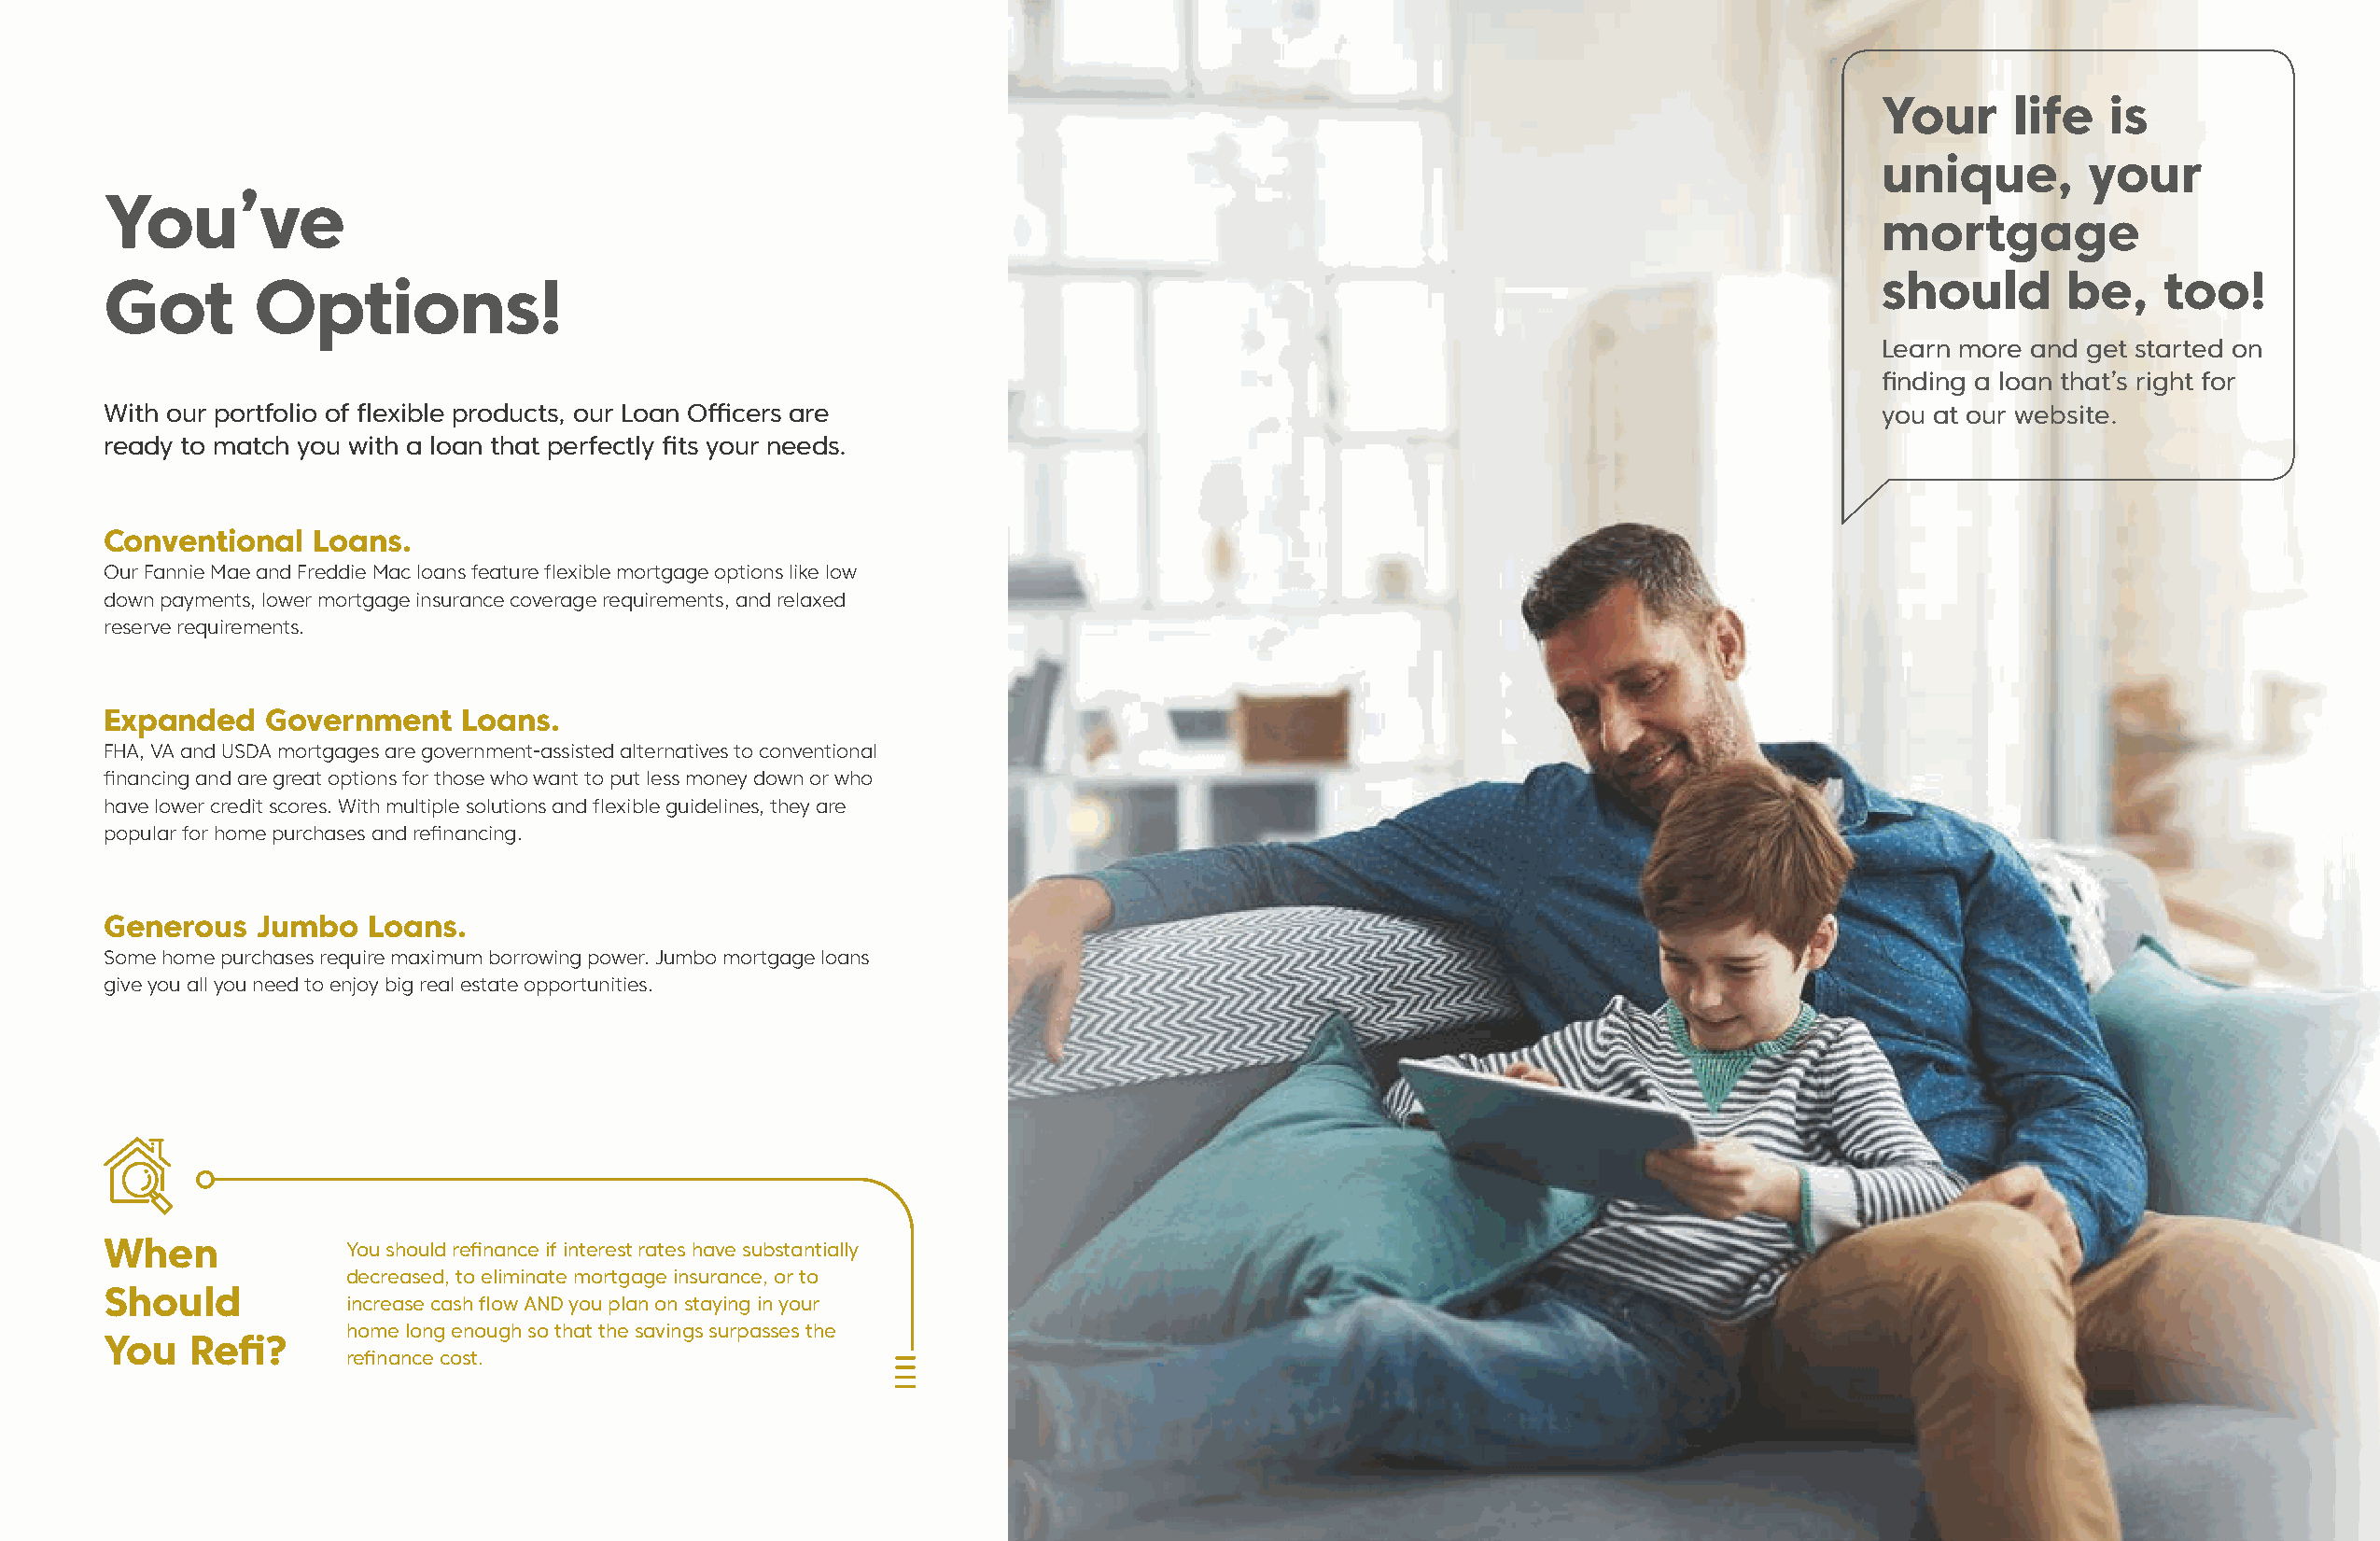
Your      life   is
 unique,        your
 You’ve
 mortgage
 Got        Options!
 should        be,   too!
 Learn more and get started on
 finding a loan that’s right for
 With our portfolio of flexible products, our Loan Officers are                                                                you at our website.
 ready to match you with a loan that perfectly fits your needs.
 Conventional   Loans.
 Our Fannie Mae and Freddie Mac loans feature flexible mortgage options like low
 down payments, lower mortgage insurance coverage requirements, and relaxed
 reserve requirements.
 Expanded    Government    Loans.
 FHA, VA and USDA mortgages are government-assisted alternatives to conventional
 financing and are great options for those who want to put less money down or who
 have lower credit scores. With multiple solutions and flexible guidelines, they are
 popular for home purchases and refinancing.
 Generous   Jumbo   Loans.
 Some home purchases require maximum borrowing power. Jumbo mortgage loans
 give you all you need to enjoy big real estate opportunities.
 When              You should refinance if interest rates have substantially
 decreased, to eliminate mortgage insurance, or to
 Should
 increase cash flow AND you plan on staying in your
 home long enough so that the savings surpasses the
 You   Refi?
 refinance cost.